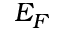
E _ { F }